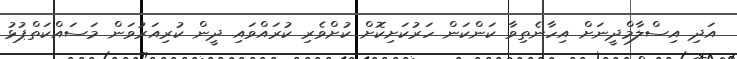
އަދި އިސްލާމްދީނަށް އިހާނެތިވާ ކަންކަން ހަރުކަށިކޮށް ކުށްވެރި ކުރައްވައި ދީން ކުރިއަރުވަން މަސައްކަތްޕުޅު